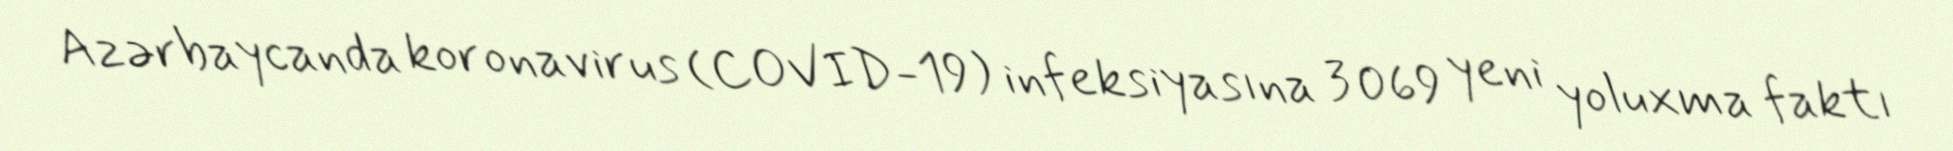
Azərbaycanda koronavirus (COVID-19) infeksiyasına 3 069 yeni yoluxma faktı